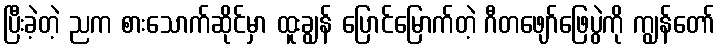
ပြီးခဲ့တဲ့ ညက စားသောက်ဆိုင်မှာ ထူးချွန် ပြောင်မြောက်တဲ့ ဂီတဖျော်ဖြေပွဲကို ကျွန်တော်